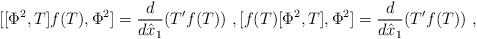
LaTeX: \begin{align*}[[\Phi^2,T]f(T),\Phi^2]=\frac{d}{d\hat{x}_1}(T' f(T))\ ,[f(T)[\Phi^2,T],\Phi^2]=\frac{d}{d\hat{x}_1}(T'f(T)) \ ,\end{align*}